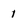
Character: 1